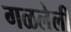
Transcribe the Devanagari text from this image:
गळलेली